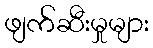
ဖျက်ဆီးမှုများ